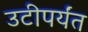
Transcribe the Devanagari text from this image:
उटीपर्यंत